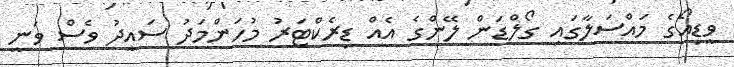
ވީޑިއޯގެ މައްސަލާގައި ގޯލްޑަން ލޭންގެ އެއް ޑިރެކްޓަރު މުހަންމަދު ސައީދު ވެސް ވަނީ